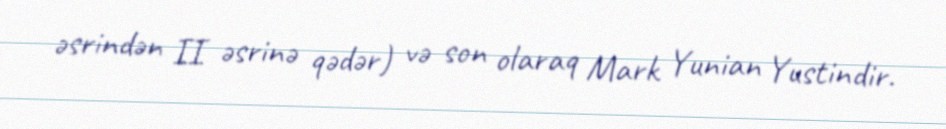
əsrindən II əsrinə qədər) və son olaraq Mark Yunian Yustindir.